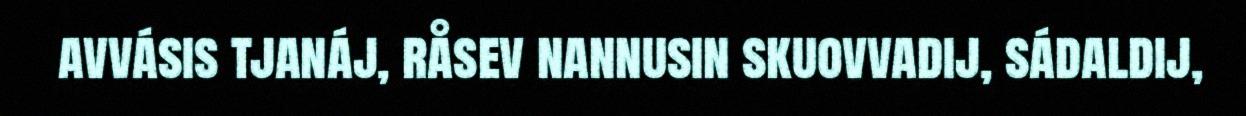
avvásis tjanáj, råsev nannusin skuovvadij, sádaldij,